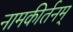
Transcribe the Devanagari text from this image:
नामकीर्तनम्